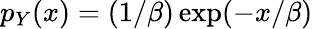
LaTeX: p_{Y}(x)=(1/\beta)\exp(-x/\beta)